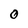
Character: 0